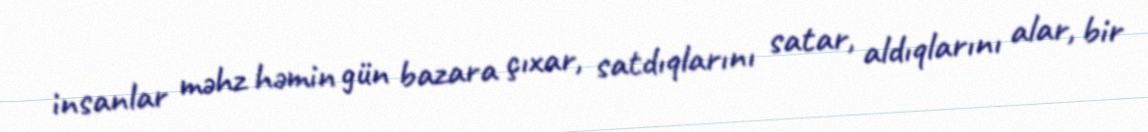
insanlar məhz həmin gün bazara çıxar, satdıqlarını satar, aldıqlarını alar, bir